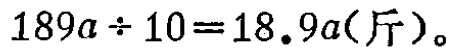
\(189a\div 10 = 18.9a(\mathrm{斤})\)